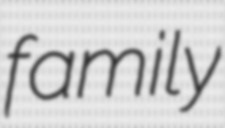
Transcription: family